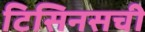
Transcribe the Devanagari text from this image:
टिसिनसची